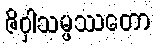
ဇိဝှါသမ္ဖဿတော